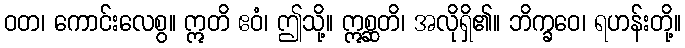
ဝတ၊ ကောင်းလေစွ။ ဣတိ ဧဝံ၊ ဤသို့။ ဣစ္ဆတိ၊ အလိုရှိ၏။ ဘိက္ခဝေ၊ ရဟန်းတို့။